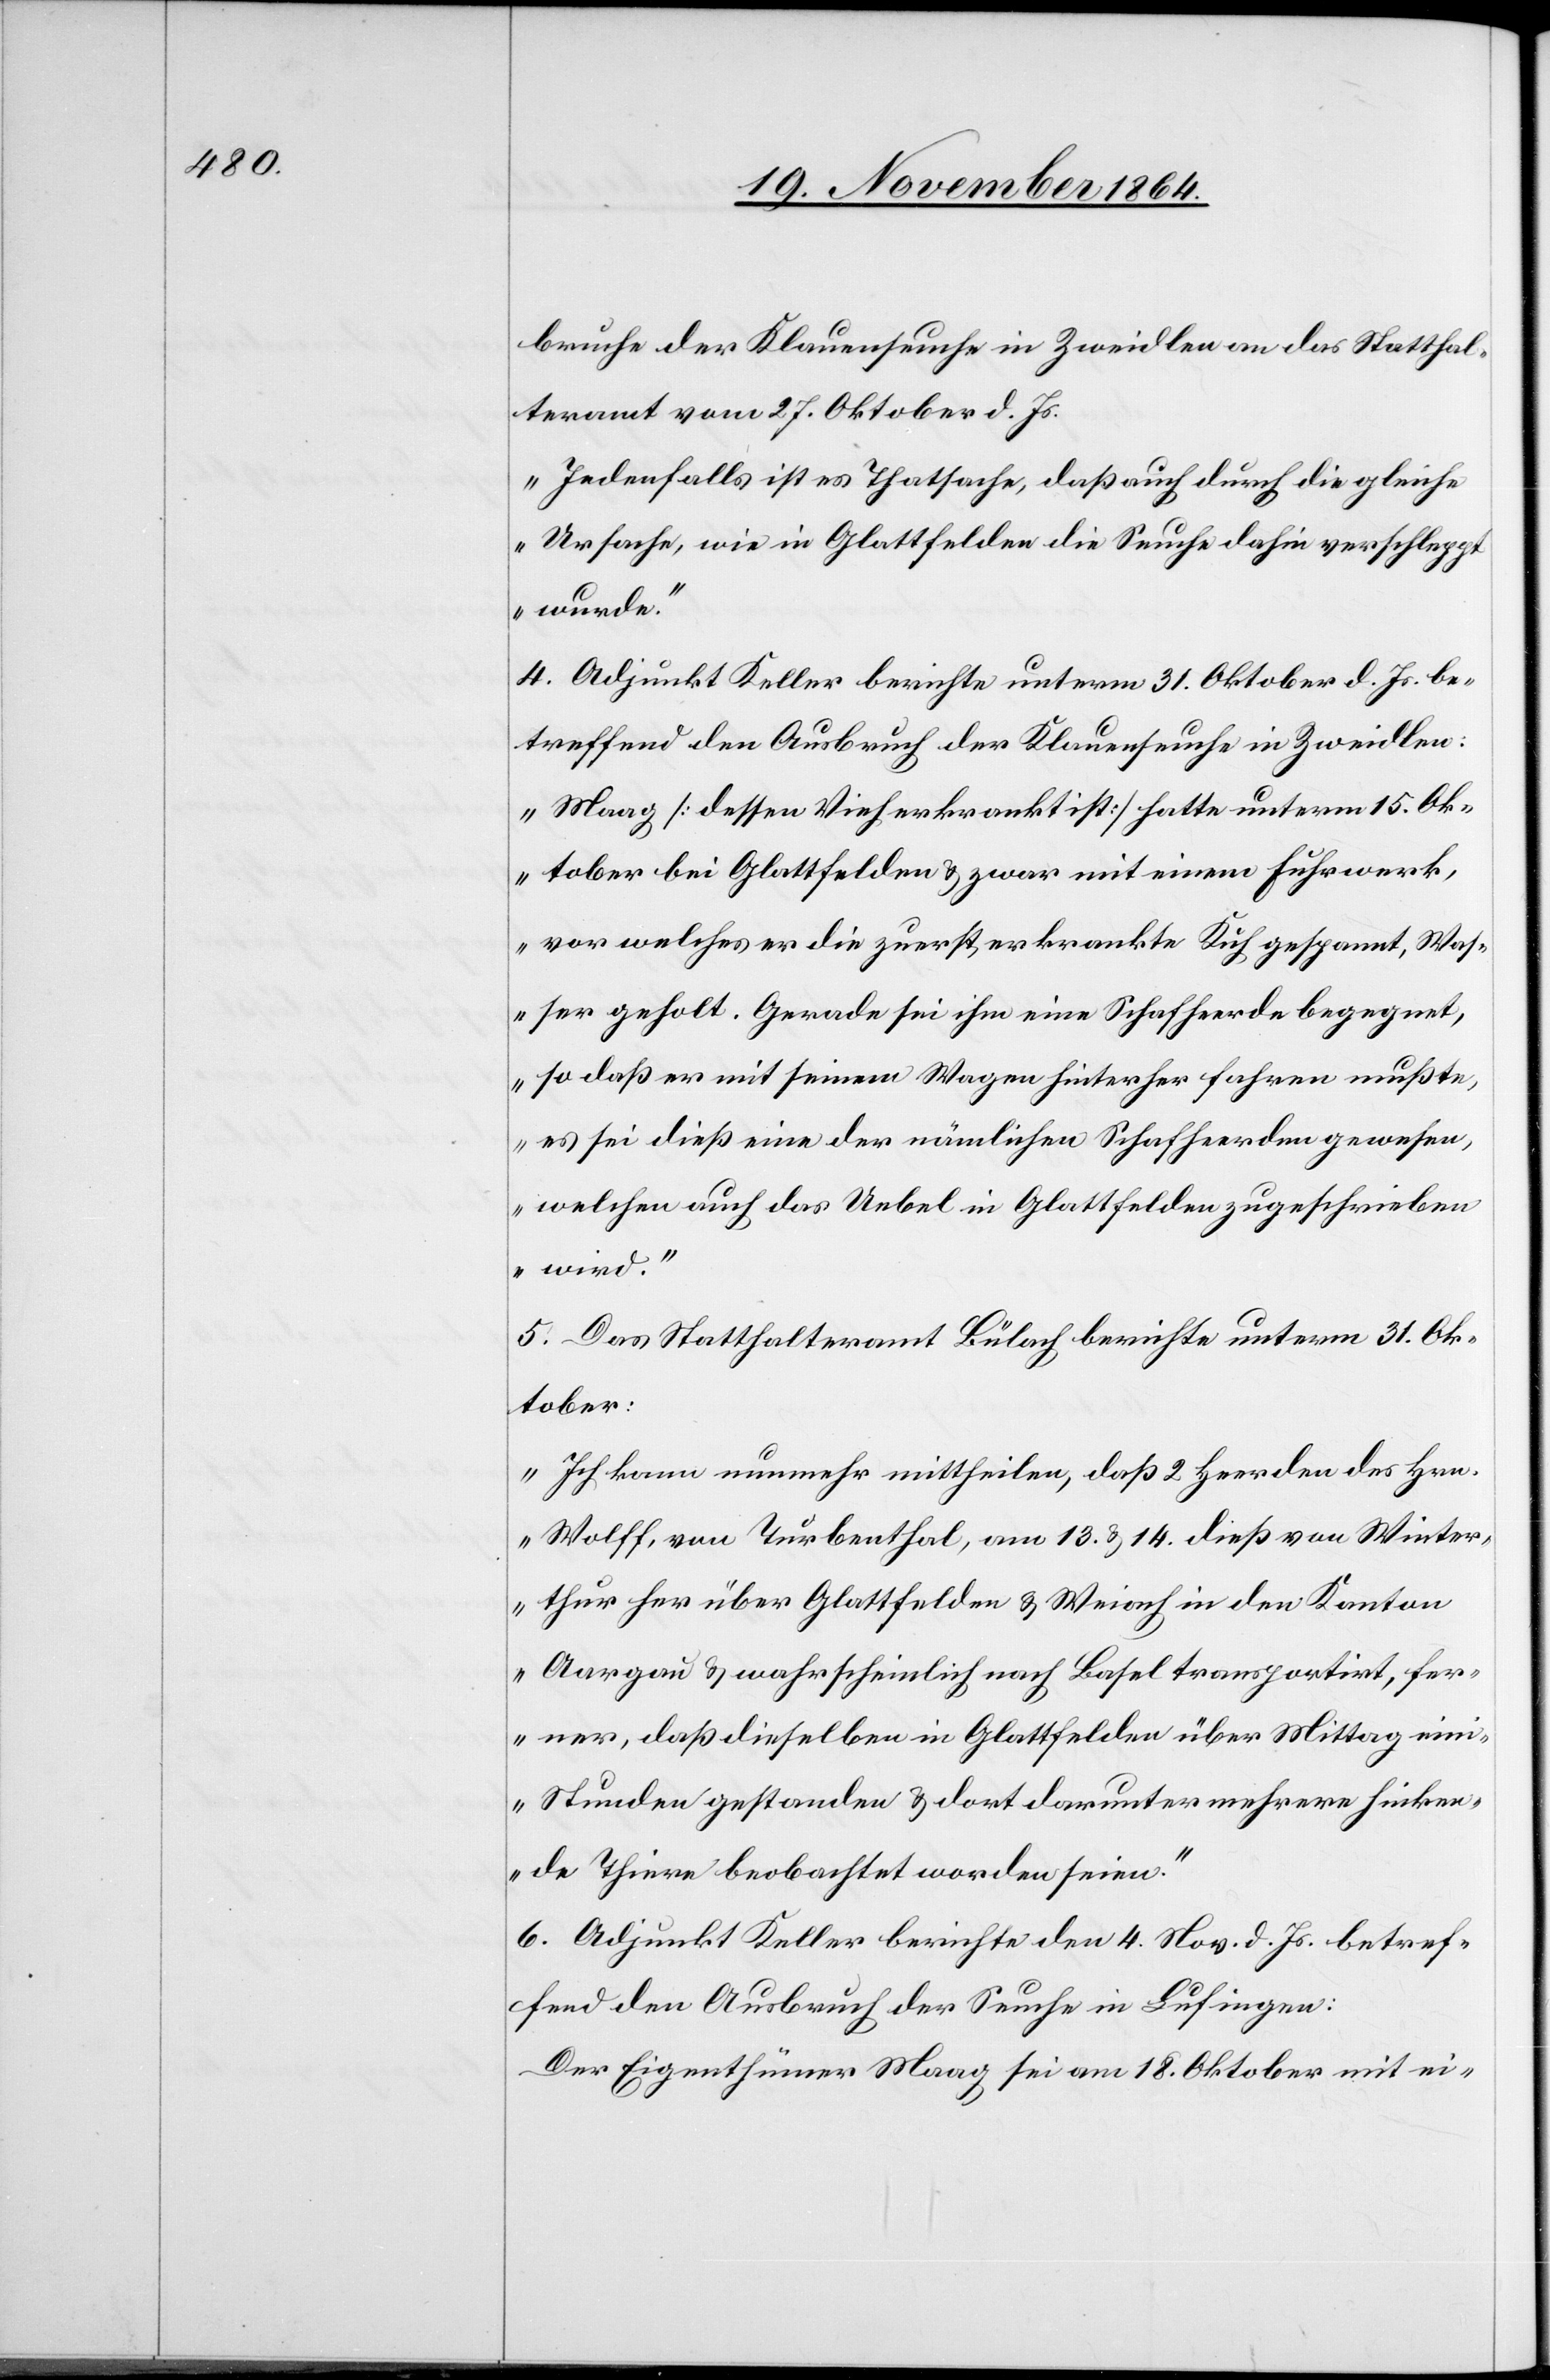
bruche der Klauenseuche in Zweidlen an das Statthal¬
teramt vom 27. Oktober d. Js.
„Jedenfalls ist es Thatsache, daß auch durch die gleiche
Ursache, wie in Glattfelden die Seuche dahin verschleppt
wurde.“
4. Adjunkt Keller berichte unterm 31. Oktober d. Js. be¬
treffend den Ausbruch der Klauenseuche in Zweidlen:
„Maag [dessen Vieh erkrankt ist] hatte unterm 15. Ok¬
tober bei Glattfelden & zwar mit einem Fuhrwerk,
vor welches er die zuerst erkrankte Kuh gespannt, Was¬
ser geholt. Gerade sei ihm eine Schafheerde begegnet,
so daß er mit seinem Wagen hinterher fahren mußte,
es sei dieß eine der nämlichen Schafheerden gewesen,
welchen auch das Uebel in Glattfelden zugschrieben
wird.“
5. Das Statthalteramt Bülach berichte unterm 31. Ok¬
tober:
„Ich kann nunmehr mittheilen, daß 2 Heerden des Hrn.
Wolff, von Turbenthal, am 13. & 14. dieß von Winter¬
thur her über Glattfelden & Weiach in den Kanton
Aargau & wahrscheinlich nach Basel transportirt, fer¬
ner, daß dieselben in Glattfelden über Mittag eini[g¬
e] Stunden gestanden & dort darunter mehrere hinken¬
de Thiere beobachtet worden seien.“
6. Adjunkt Keller berichte den 4. Nov. d. Js. betref¬
fend den Ausbruch der Seuche in Lufingen:
Der Eigenthümer Maag sei am 18. Oktober mit ei-